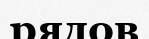
рядов